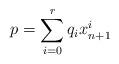
LaTeX: \begin{align*}p=\sum_{i=0}^{r}q_{i}x_{n+1}^{i}\end{align*}